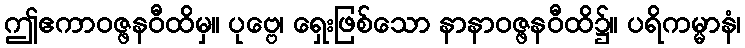
ဤဧကာဝဇ္ဖနဝီထိမှ။ ပုဗ္ဗေ၊ ရှေးဖြစ်သော နာနာဝဇ္ဖနဝီထိ၌။ ပရိကမ္မာနံ၊